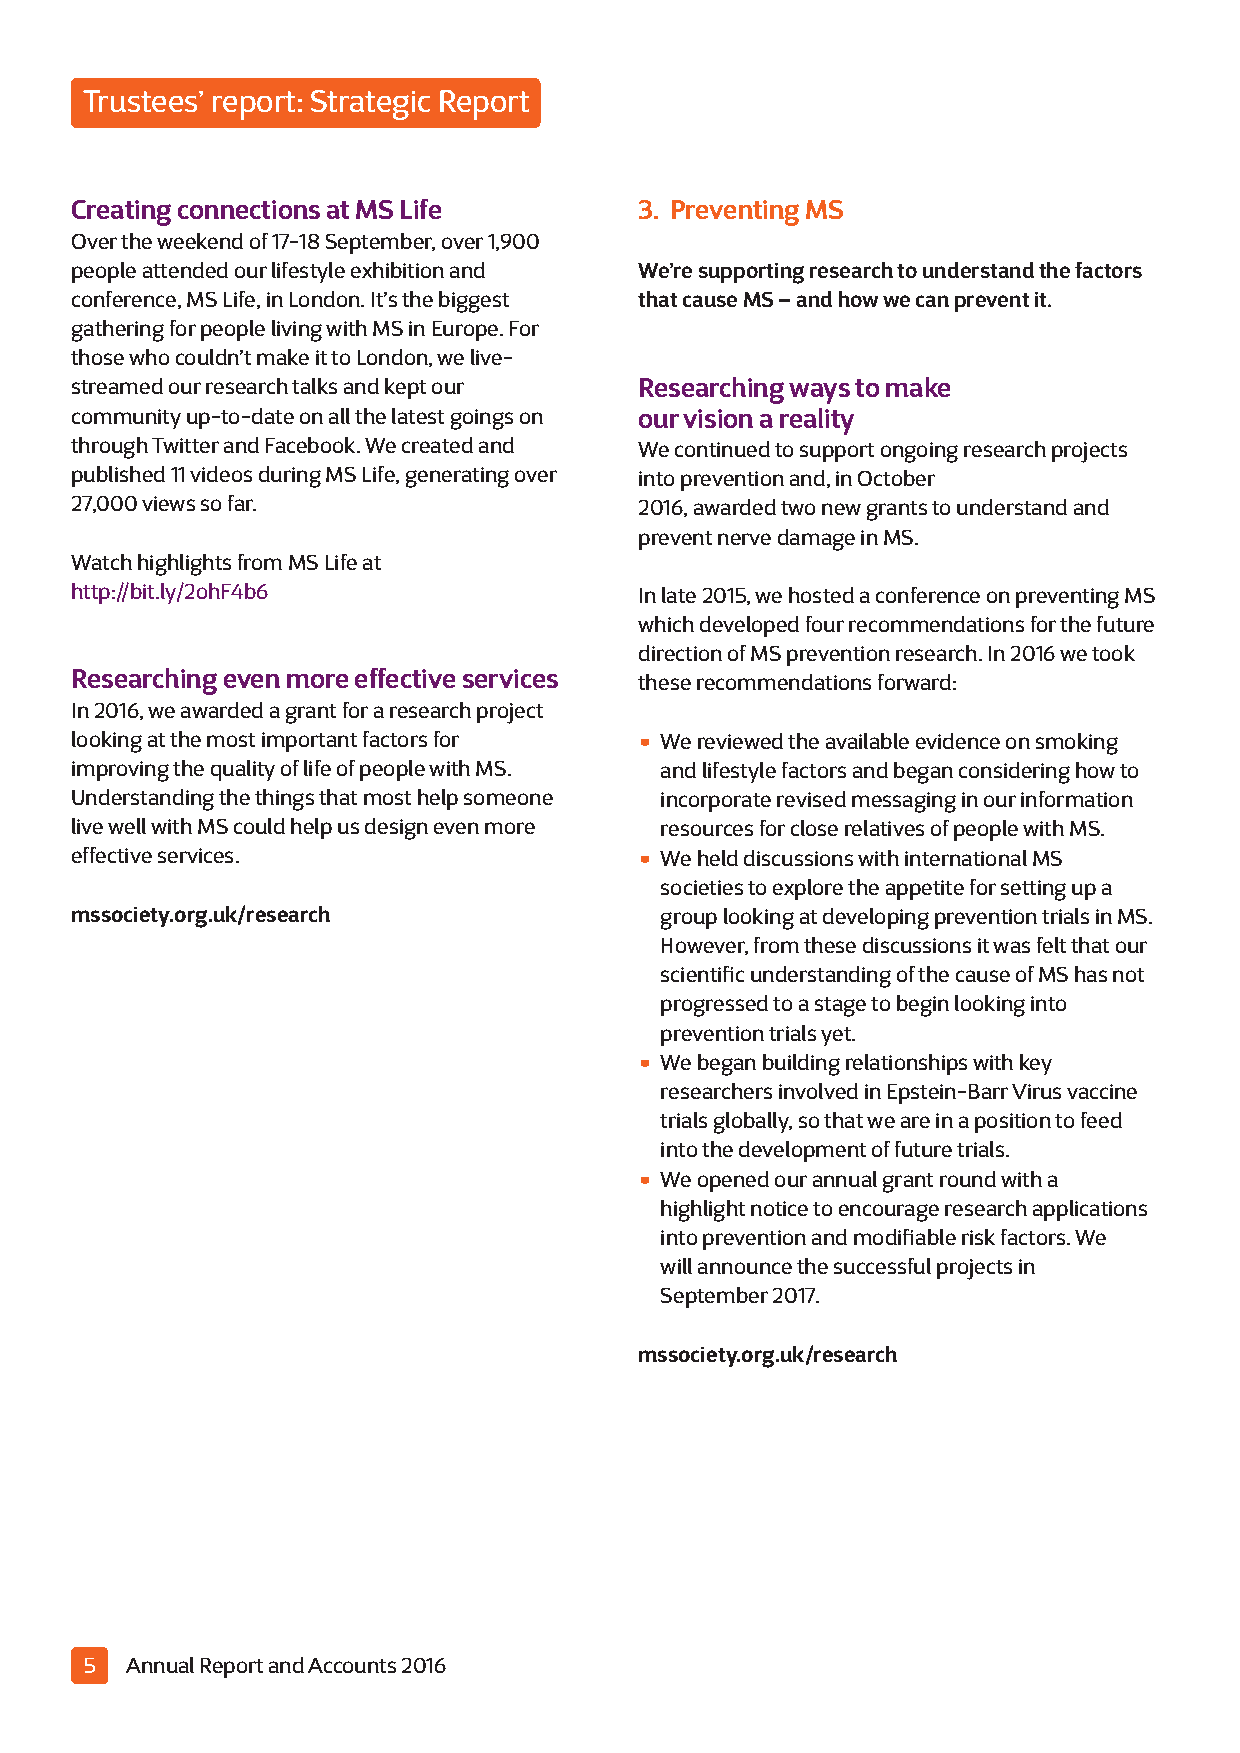
Trustees’ report: Strategic Report
 Creating connections at MS Life      3. Preventing MS
 Over the weekend of 17-18 September, over 1,900
 people attended our lifestyle exhibition and We’re supporting research to understand the factors
 conference, MS Life, in London. It’s the biggest that cause MS –and how we can prevent it.
 gathering for people living with MS in Europe. For
 those who couldn’t make it to London, we live-
 streamed our research talks and kept our Researching ways to make
 community up-to-date on all the latest goings on our vision a reality
 through Twitter and Facebook. We created and We continued to support ongoing research projects
 published 11 videos during MS Life, generating over into prevention and, in October
 27,000 views so far.                 2016, awarded two new grants to understand and
 prevent nerve damage in MS.
 Watch highlights from MS Life at
 http://bit.ly/2ohF4b6                In late 2015, we hosted a conference on preventing MS
 which developed four recommendations for the future
 direction of MS prevention research. In 2016 we took
 Researching even more effective services these recommendations forward:
 In 2016, we awarded a grant for a research project
 looking at the most important factors for • We reviewed the available evidence on smoking
 improving the quality of life of people with MS. and lifestyle factors and began considering how to
 Understanding the things that most help someone incorporate revised messaging in our information
 live well with MS could help us design even more resources for close relatives of people with MS.
 effective services.                  • We held discussions with international MS
 societies to explore the appetite for setting up a
 mssociety.org.uk/research              group looking at developing prevention trials in MS.
 However, from these discussions it was felt that our
 scientific understanding of the cause of MS has not
 progressed to a stage to begin looking into
 prevention trials yet.
 •
 We began building relationships with key
 researchers involved in Epstein-Barr Virus vaccine
 trials globally, so that we are in a position to feed
 into the development of future trials.
 •
 We opened our annual grant round with a
 highlight notice to encourage research applications
 into prevention and modifiable risk factors. We
 will announce the successful projects in
 September 2017.
 mssociety.org.uk/research
 5 Annual Report and Accounts 2016